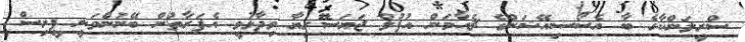
ސްރީލަންކާގެ ބާ އެސޯސިއޭޝަންގެ ޗެއާމަން އުޕުލް ޖަޔަސޫރިޔާ ވިދާޅުވީ އެފަރާތުން ބޭނުންވަނީ ޕީރިސް